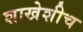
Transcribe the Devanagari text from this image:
शाखेशीच